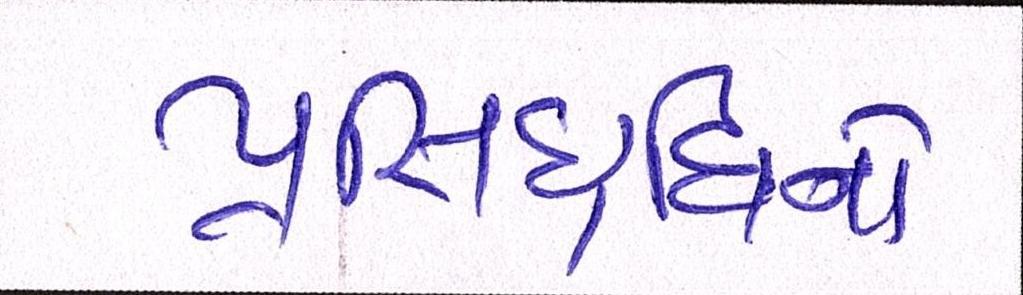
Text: પ્રસિદ્ધિનો